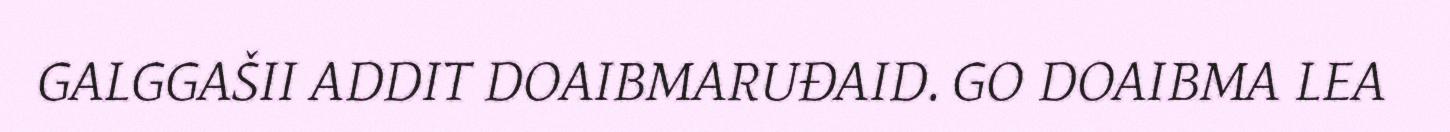
GALGGAŠII ADDIT DOAIBMARUĐAID. GO DOAIBMA LEA